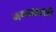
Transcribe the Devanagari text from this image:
गणनाकारी